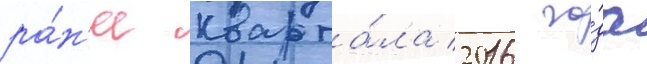
ра́н'ее кварта́ла 2016 го́да